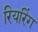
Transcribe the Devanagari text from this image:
रियरिंग